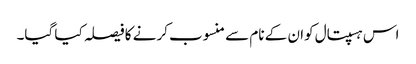
اس ہسپتال کوان کے نام سے منسوب کرنے کا فیصلہ کیا گیا۔